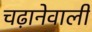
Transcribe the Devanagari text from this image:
चढ़ानेवाली